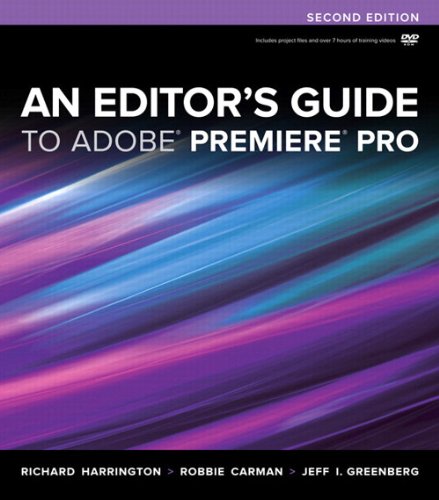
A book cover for An Editor's Guide to Adobe Premiere Pro (2nd Edition); Richard Harrington; Computers & Technology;